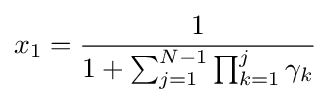
x_{1}={\frac {1}{1+\sum _{j=1}^{N-1}\prod _{k=1}^{j}\gamma _{k}}}